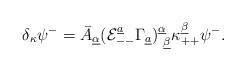
LaTeX: \begin{align*}\delta_\kappa\psi^-=\bar A_{\underline \alpha}({\cal E}^{\underline a}_{--}\Gamma_{\underline a})^{\underline \alpha}_{~\underline \beta}\kappa_{++}^{\underline \beta}\psi^-.\end{align*}